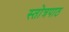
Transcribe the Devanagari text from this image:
स्तोत्रपाठ